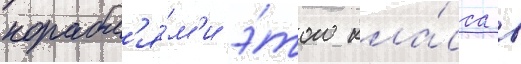
корабл'я́м'и э́того кла́сса в